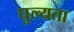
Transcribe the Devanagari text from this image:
घुल्यता